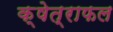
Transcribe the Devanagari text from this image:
क्षेत्राफल